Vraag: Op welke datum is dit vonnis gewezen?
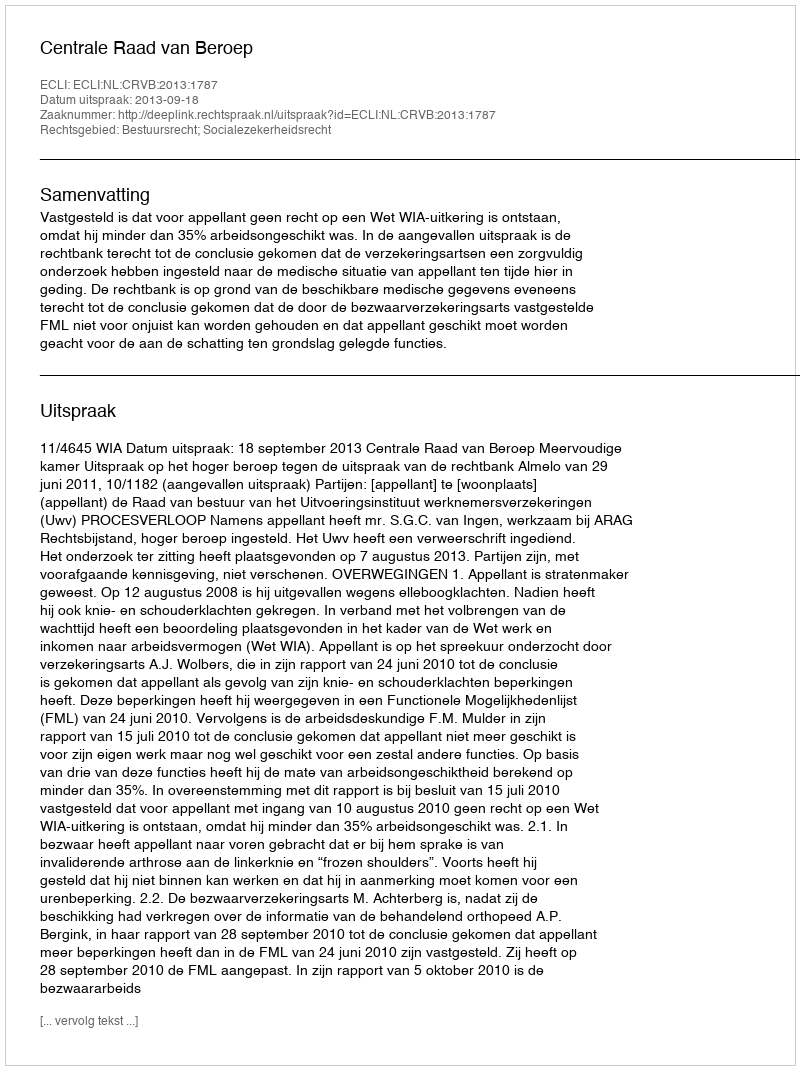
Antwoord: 2013-09-18